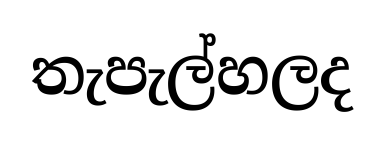
තැපැල්හලද